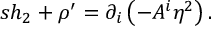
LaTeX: s h _ { 2 } + \rho ^ { \prime } = \partial _ { i } \left( - A ^ { i } \eta ^ { 2 } \right) .